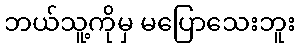
ဘယ်သူ့ကိုမှ မပြောသေးဘူး